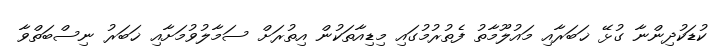
ކުޑަކުދިންނާ ގުޅޭ ޚަބަރާއި މައުލޫމާތު ފެތުރުމުގައި މިޑިއާތަކުން އިތުރަށް ސަމާލުވުމަށާއި ޚަބަރު ނިސްބަތްވާ